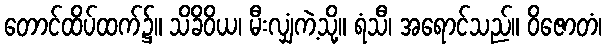
တောင်ထိပ်ထက်၌။ သိခိဝိယ၊ မီးလျှံကဲ့သို့။ ရံသီ၊ အရောင်သည်။ ဝိဇောတံ၊